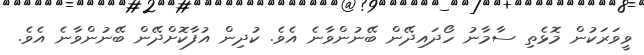
ވީވަރަކުން މޮޅެތި ސާމާނު ހޯދައިދޭން ބޭނުންވާނެ އެވެ. ކުދިން އުފާކޮށްދޭން ބޭނުންވާނެ އެވެ.